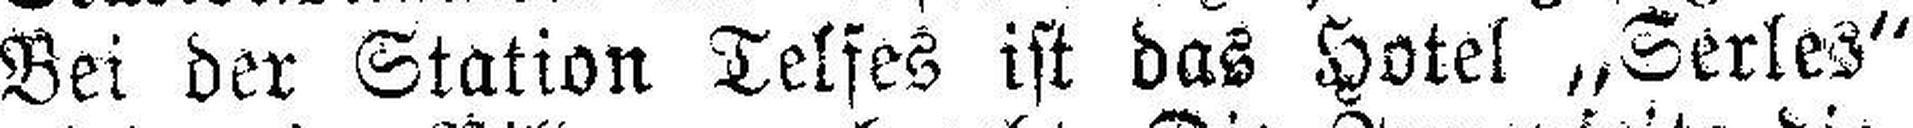
Bei der Station Telfes ist das Hotel „Serles“